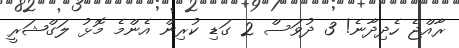
ރާއްޖެ ހެދިދާނެ! 3 ދުވަސް 2 ގަޑި ކުރިން އެންމެ މޮޅު ލަގްޝަރީ